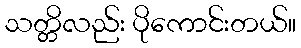
သတ္တိလည်း ပိုကောင်းတယ်။